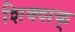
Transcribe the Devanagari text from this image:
शिक्शक्